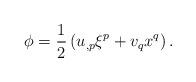
LaTeX: \begin{align*}\phi=\frac{1}{2}\left(u_{,p}\xi^p+v_qx^q\right).\end{align*}